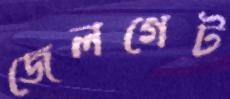
জেলগেট